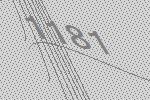
1181